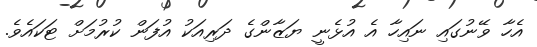
އެހާ ވޭނުގައި ނައިހާ އެ އުޅެނީ ޔަޒާންގެ ދަރިއަކު އުފަން ކުރުމަށް ޓަކައެވެ.